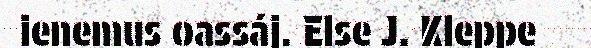
ienemus oassáj. Else J. Kleppe